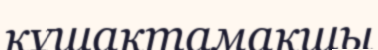
құшақтамақшы